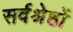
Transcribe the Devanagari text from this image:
सर्वश्रेष्ठों